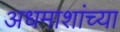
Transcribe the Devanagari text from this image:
अधमाशांच्या